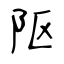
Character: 𨸟